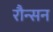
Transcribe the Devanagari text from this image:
रौन्सन